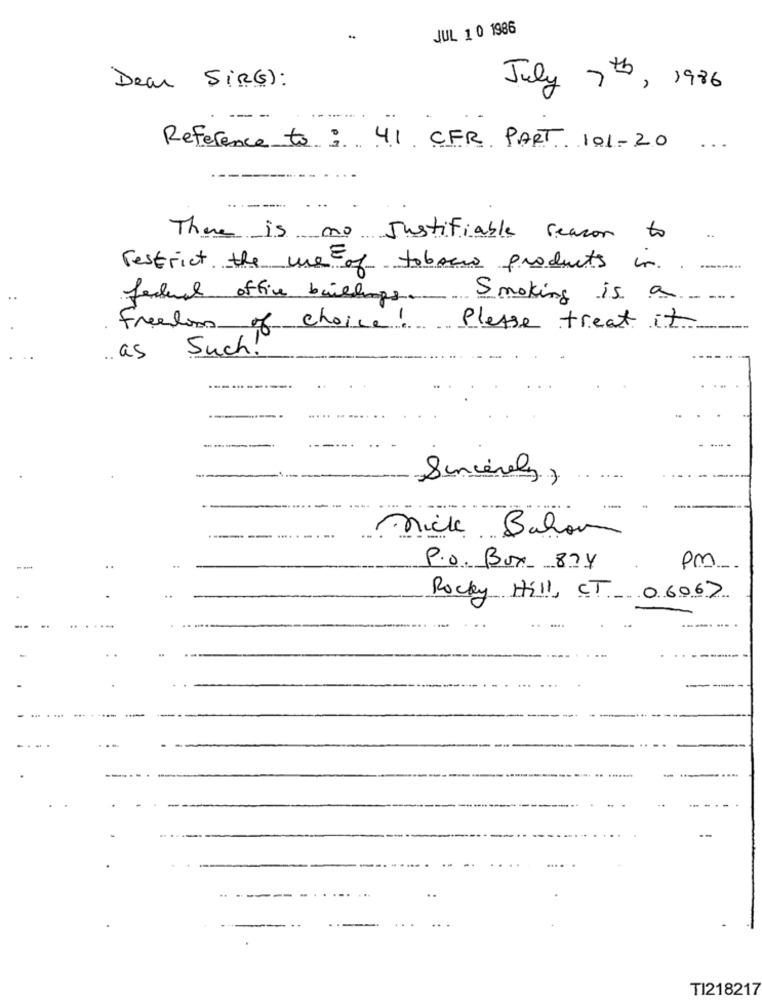
JUL 1 0 1986
Dear SIR(G):
July 7th, 1986
Reference to : 41 CFR PART 101-20
--
There is no Justifiable reason to
restrict the use of tobacco products in ..
federal office buildings
Smoking is a
.
Freedom
of choice
Please treat it
Such!
.. as
Sincerely,
....
nick Bahan
P.O. Box 874
pm
Rocky Hill, CT 06067
----
TI218217